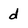
Character: d